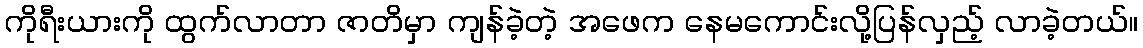
ကိုရီးယားကို ထွက်လာတာ ဇာတိမှာ ကျန်ခဲ့တဲ့ အဖေက နေမကောင်းလို့ပြန်လှည့် လာခဲ့တယ်။